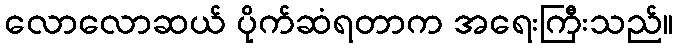
လောလောဆယ် ပိုက်ဆံရတာက အရေးကြီးသည်။